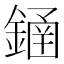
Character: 䥁